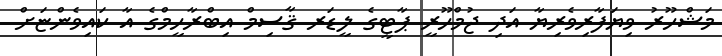
މަޝްހޫރު ވިޔަފާރިވެރިޔާ އަދި ޖުމްހޫރީ ޕާޓީގެ ލީޑަރ ޤާސިމް އިބްރާހީމްގެ އާ ކައިވެންޏަށް